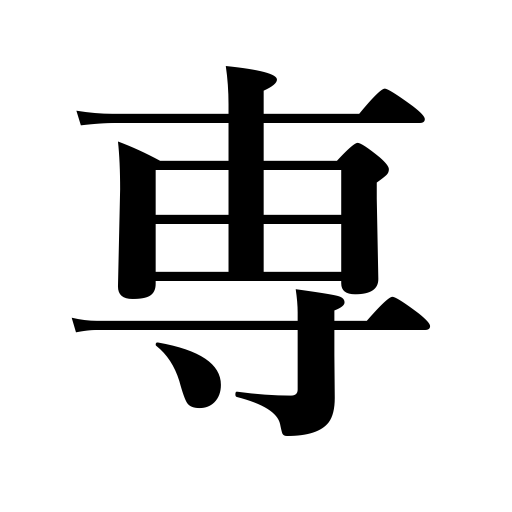
Meanings: ,sorely,mainly